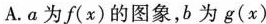
A. a为f(x)的图象，b为g(x)